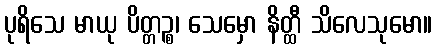
ပုရိသေ မာယု ပိတ္တဉ္စ၊ သေမှော နိတ္ထီ သိလေသုမော။